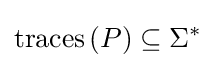
\mathrm {traces} \left(P\right)\subseteq \Sigma ^{\ast }